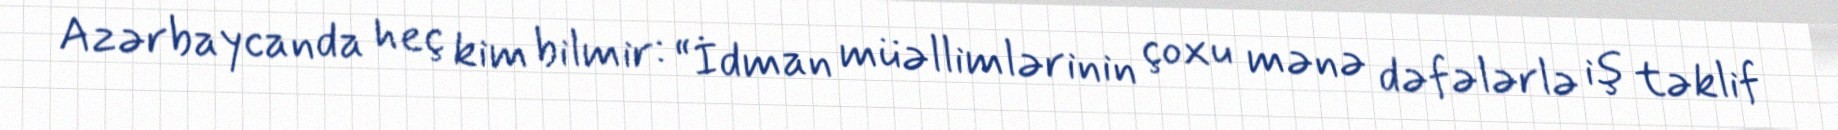
Azərbaycanda heç kim bilmir: “İdman müəllimlərinin çoxu mənə dəfələrlə iş təklif